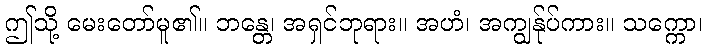
ဤသို့ မေးတော်မူ၏။ ဘန္တေ၊ အရှင်ဘုရား။ အဟံ၊ အကျွန်ုပ်ကား။ သက္ကော၊